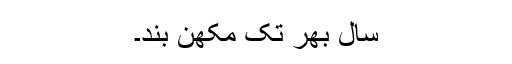
سال بھر تک مکھّن بند۔